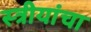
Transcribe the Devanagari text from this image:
स्त्रीयांचा